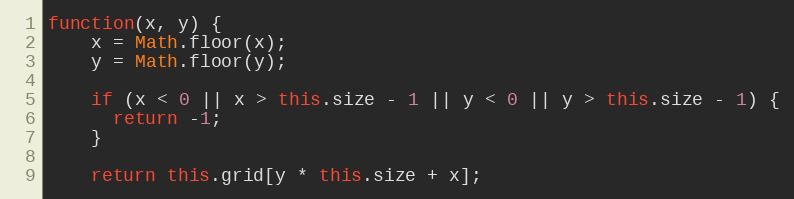
Language: JavaScript
function(x, y) {
    x = Math.floor(x);
    y = Math.floor(y);

    if (x < 0 || x > this.size - 1 || y < 0 || y > this.size - 1) {
      return -1;
    }

    return this.grid[y * this.size + x];